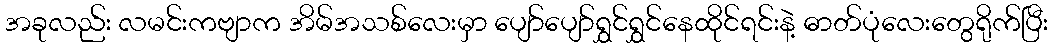
အခုလည်း လမင်းကဗျာက အိမ်အသစ်လေးမှာ ပျော်ပျော်ရွှင်ရွှင်နေထိုင်ရင်းနဲ့ ဓာတ်ပုံလေးတွေရိုက်ပြီး